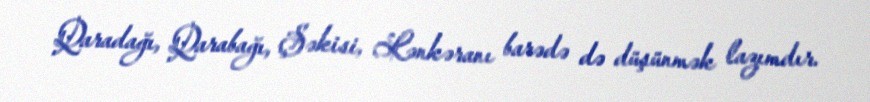
Qaradağı, Qarabağı, Şəkisi, Lənkəranı barədə də düşünmək lazımdır.